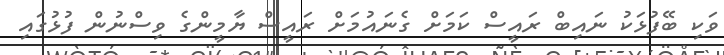
ވަކި ބޭފުޅަކު ނައިބް ރައީސް ކަމަށް ގެނައުމަށް ރައީސް ޔާމީންގެ ވިސްނުން ފުޅުގައި